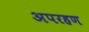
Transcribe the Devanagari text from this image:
अपरहण